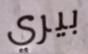
بيري